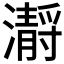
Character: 𤂅